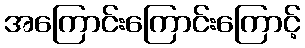
အကြောင်းကြောင်းကြောင့်